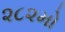
૨૮૨મો